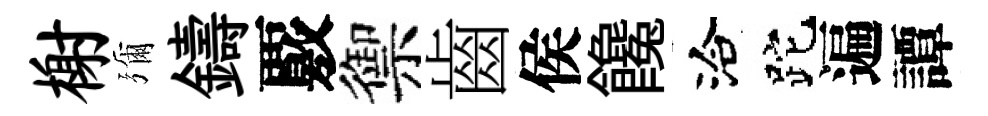
榭彌鑄覈禦齒侯饞洽跎遍譚